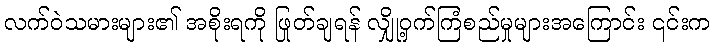
လက်ဝဲသမားများ၏ အစိုးရကို ဖြုတ်ချရန် လျှို့ဝှက်ကြံစည်မှုများအကြောင်း ၎င်းက